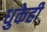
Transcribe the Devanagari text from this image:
धुकेही